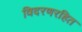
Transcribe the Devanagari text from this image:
विदरणरहित